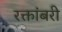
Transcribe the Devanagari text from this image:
रक्तांबरी